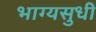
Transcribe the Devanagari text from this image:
भाग्यसुधी